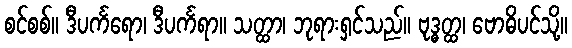
စင်စစ်။ ဒီပင်္ကရော၊ ဒီပင်္ကရာ။ သတ္ထာ၊ ဘုရားရှင်သည်။ ဗုဒ္ဓတ္ထ၊ ဗောဓိပင်သို့။